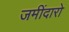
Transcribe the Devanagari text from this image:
जमींदारो